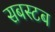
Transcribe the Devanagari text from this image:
सबस्टब